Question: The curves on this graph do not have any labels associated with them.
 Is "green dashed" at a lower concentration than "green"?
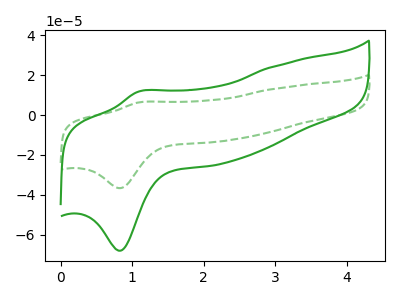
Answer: <think>The green curve "green" has an anodic peak at (1.10V, 11.70uA) and a cathodic peak at (0.80V, -68.05uA). The green dashed curve "green dashed" has an anodic peak at (1.10V, 6.30uA) and a cathodic peak at (0.80V, -36.65uA).
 All the peaks in "green" have a peak in "green dashed" at the same potential. Every peak in "green" is higher than every peak in "green dashed".</think>
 <answer>"green" has more signal than "green dashed" and so likely has a higher concentration.</answer>
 <eval>more_concentration</eval>